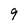
Character: 9